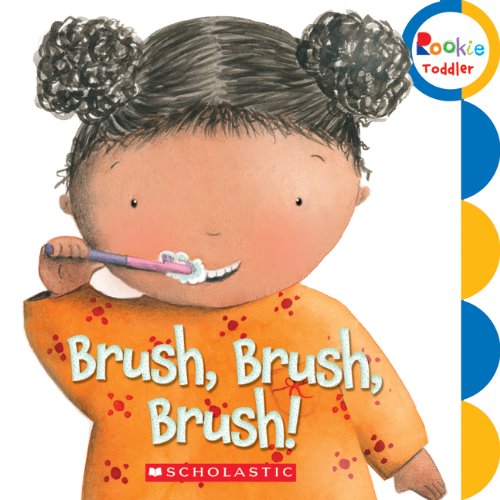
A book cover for Brush, Brush, Brush! (Rookie Toddler); Children's Books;